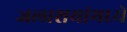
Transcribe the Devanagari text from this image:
जलाशयांमध्ये